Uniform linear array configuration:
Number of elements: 48
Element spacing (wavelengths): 0.75
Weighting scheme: binomial
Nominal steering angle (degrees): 45
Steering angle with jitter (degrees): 44.177
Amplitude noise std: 0.05
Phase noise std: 0.05

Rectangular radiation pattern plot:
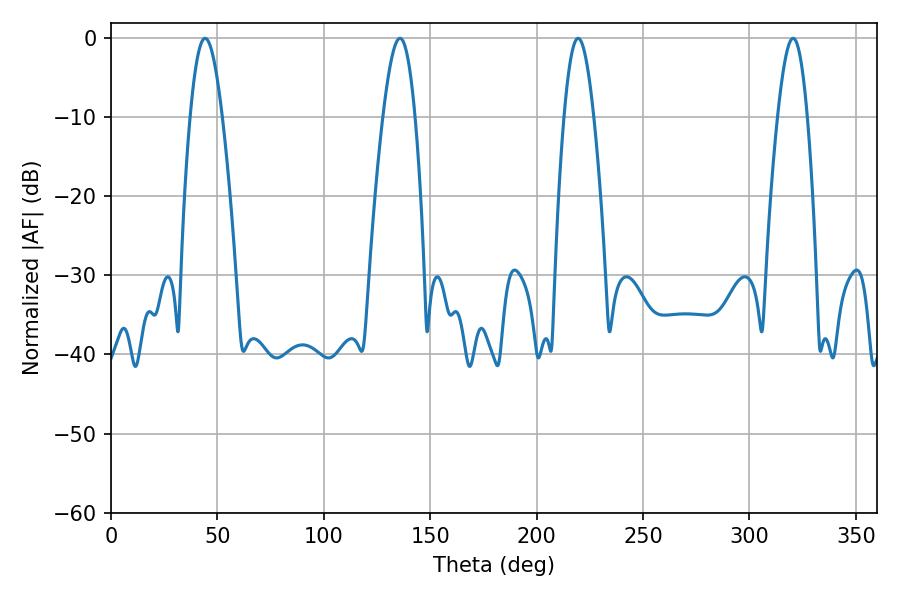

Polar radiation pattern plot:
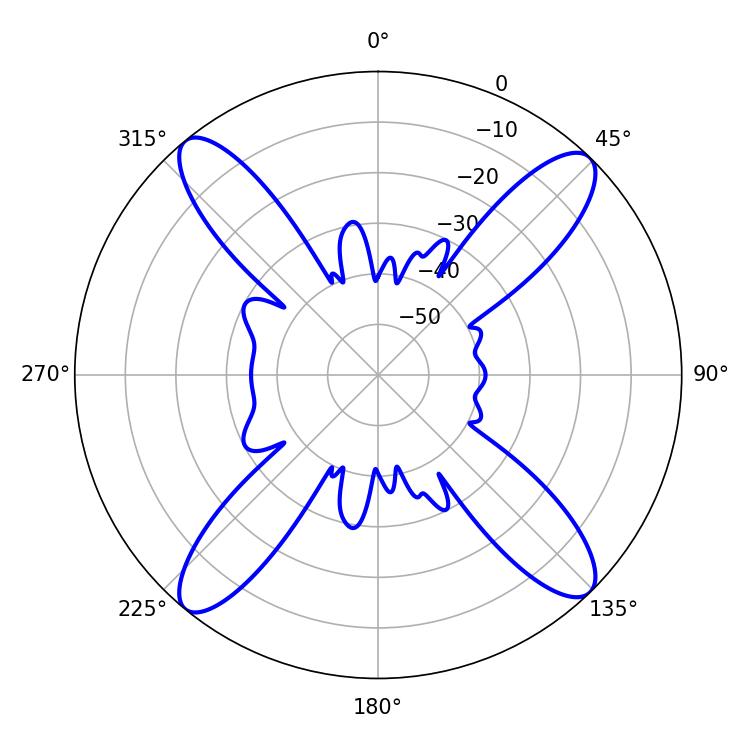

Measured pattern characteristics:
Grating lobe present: TRUE
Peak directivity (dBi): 17.781
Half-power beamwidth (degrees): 8.1
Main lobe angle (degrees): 44.28